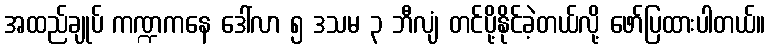
အထည်ချုပ် ကဏ္ဍကနေ ဒေါ်လာ ၅ ဒသမ ၃ ဘီလျံ တင်ပို့နိုင်ခဲ့တယ်လို့ ဖော်ပြထားပါတယ်။